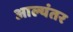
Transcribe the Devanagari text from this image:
आल्यंतर